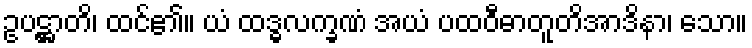
ဥပဋ္ဌာတိ၊ ထင်၏။ ယံ ထဒ္ဓလက္ခဏံ အယံ ပထဝီဓာတူတိအာဒိနာ၊ သော။